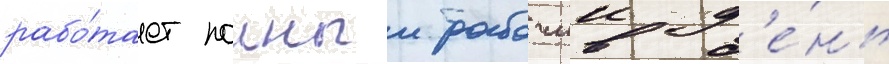
рабо́тает полныи рабочии д'е́нь